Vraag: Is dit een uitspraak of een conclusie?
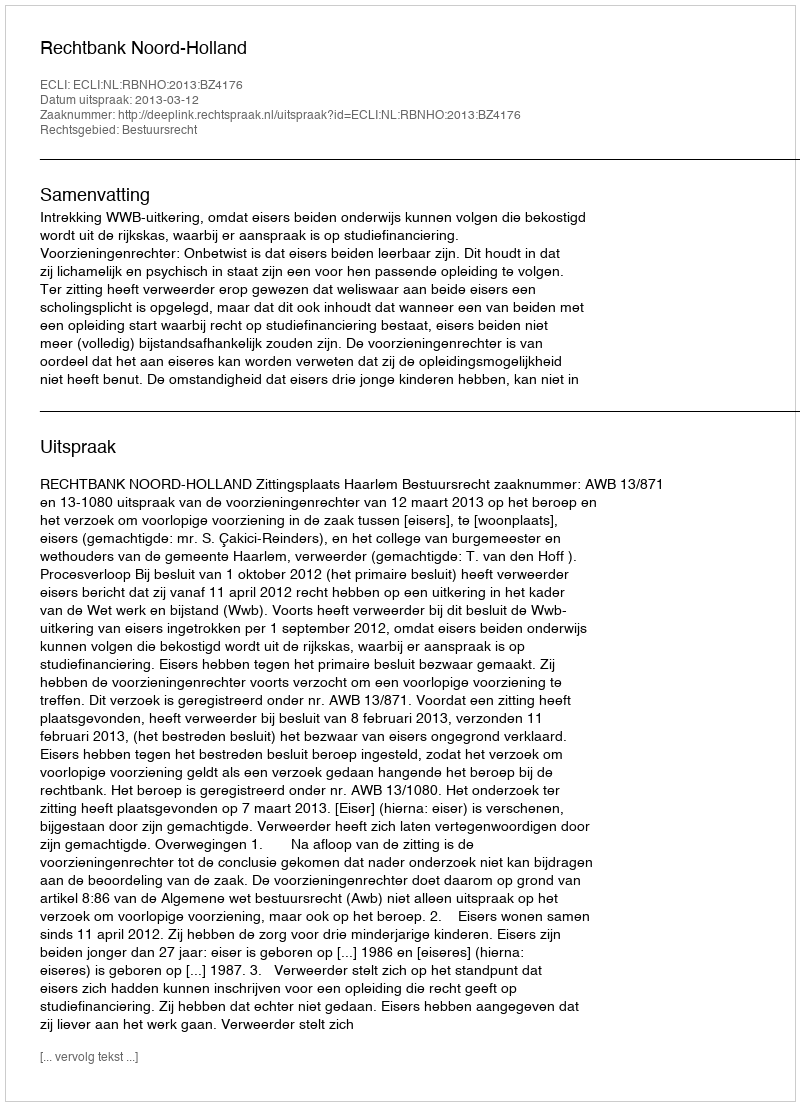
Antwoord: Uitspraak